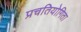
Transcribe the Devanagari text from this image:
प्रचतियोगिता